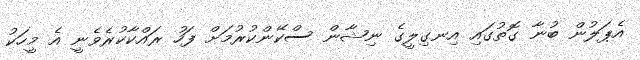
އެޕަލުން ބުނާ ގޮތުގައި އިނގިލީގެ ނިޝާން ސްކޭންކުރުމަށް ފަހު ރައްކާކުރެވެނީ އެ މީހަކު